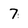
Character: 7